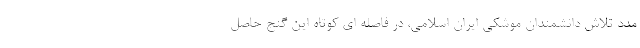
مدد تلاش دانشمندان موشکی ایران اسلامی، در فاصله ای کوتاه این گنج حاصل